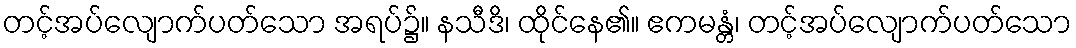
တင့်အပ်လျောက်ပတ်သော အရပ်၌။ နသီဒိ၊ ထိုင်နေ၏။ ဧကမန္တံ၊ တင့်အပ်လျောက်ပတ်သော